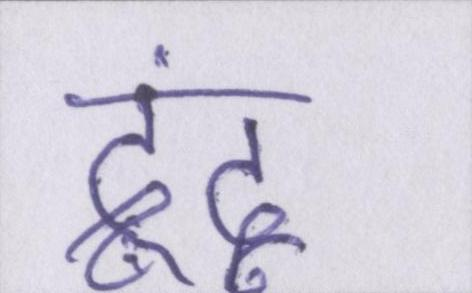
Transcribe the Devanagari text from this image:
द्वंद्व